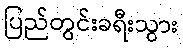
ပြည်တွင်းခရီးသွား